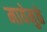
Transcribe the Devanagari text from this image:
मायेमुळे